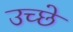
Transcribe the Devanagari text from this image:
उच्छे